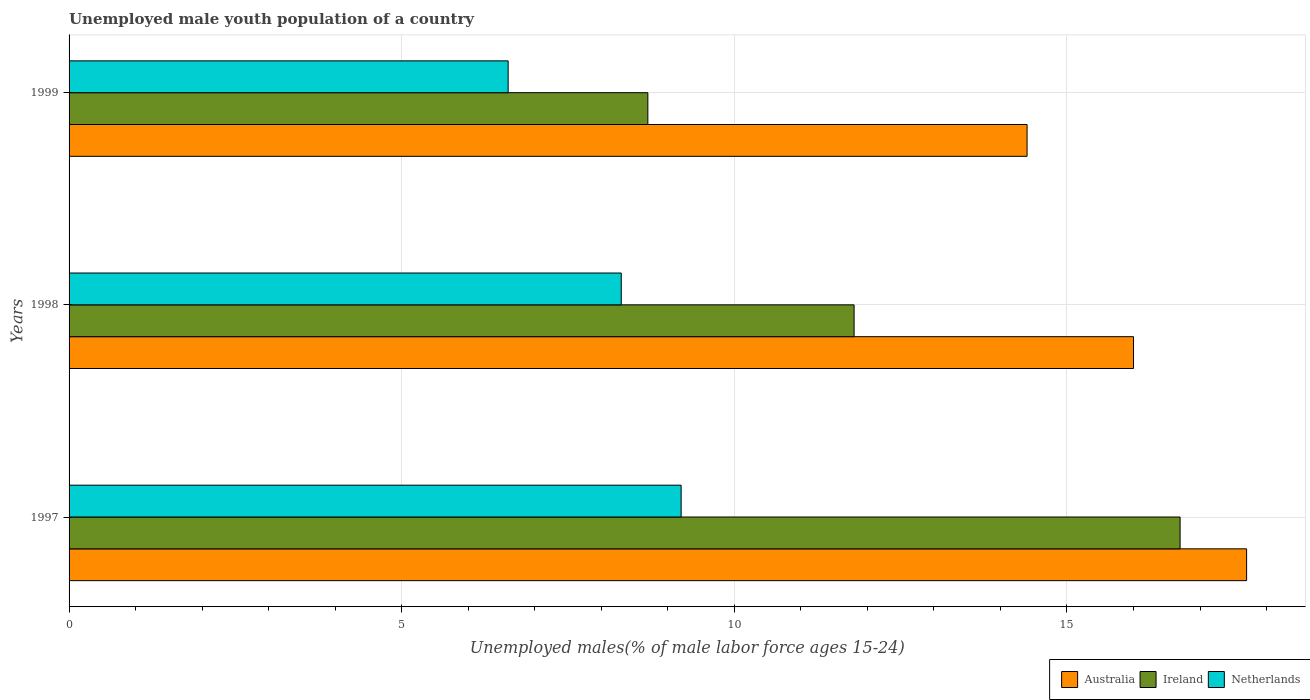
| Years | Australia | Ireland | Netherlands |
 | --- | --- | --- | --- |
 | 1997 | 17.7 | 16.7 | 9.2 |
 | 1998 | 16 | 11.8 | 8.3 |
 | 1999 | 14.4 | 8.7 | 6.6 |